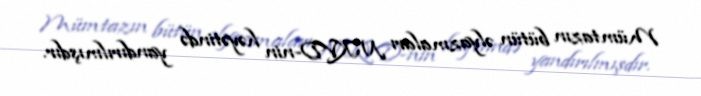
Mümtazın bütün əlyazmaları NKVD-nin həyətində yandırılmışdır.